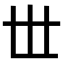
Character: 𠀍